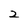
Character: 2